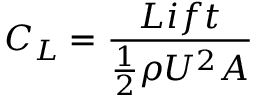
C _ { L } = \frac { L i f t } { \frac { 1 } { 2 } \rho U ^ { 2 } A }